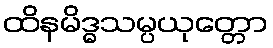
ထိနမိဒ္ဓသမ္ပယုတ္တော